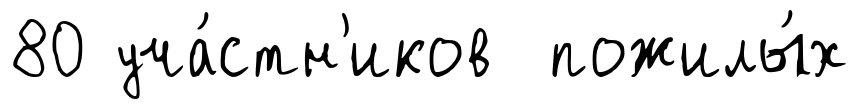
80 уча́стн'иков пожилы́х